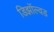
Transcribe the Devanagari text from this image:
डिझॉल्वड